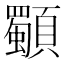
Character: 䫳